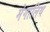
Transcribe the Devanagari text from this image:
मेगालिथ